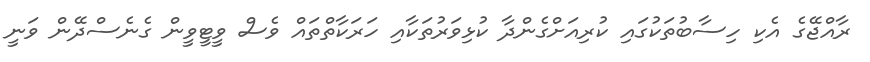
ރާއްޖޭގެ އެކި ހިސާބުތަކުގައި ކުރިއަށްގެންދާ ކުޅިވަރުތަކާއި ހަރަކާތްތައް ވެސް ވީޓީވީން ގެނެސްދޭން ވަނީ